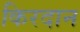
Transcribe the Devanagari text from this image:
किरदान